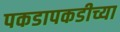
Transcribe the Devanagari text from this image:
पकडापकडीच्या